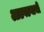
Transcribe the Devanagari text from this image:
आठवडयाची